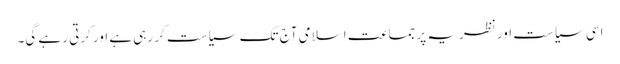
اسی سیاست اور نظریہ پر جماعت اسلامی آج تک سیاست کر رہی ہے اور کرتی رہے گی۔